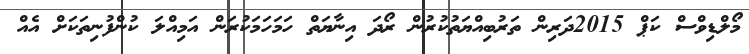
މޯލްޑިވްސް ކަޕް 2015ދަރިން ތަރުބިއްޔަތުކުރުން ރޯދަ އިނާޔަތް ހަމަހަމަކުރަން އަމިއްލަ ކުންފުނިތަކަށް އެއް